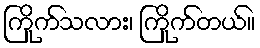
ကြိုက်သလား၊ ကြိုက်တယ်။